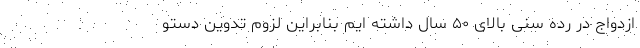
ازدواج در رده سنی بالای ۵۰ سال داشته ایم بنابراین لزوم تدوین دستو